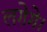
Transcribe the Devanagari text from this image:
लगेगे।